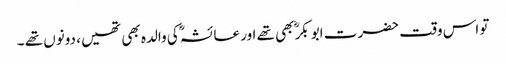
تو اس وقت حضرت ابوبکرؓ بھی تھے اور عائشہؓ کی والدہ بھی تھیں، دونوں تھے ۔